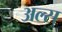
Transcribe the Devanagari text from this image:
अल्स्